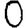
Digit: 0